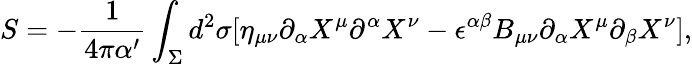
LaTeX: S=-\frac{1}{4\pi\alpha^{\prime}}\int_{\Sigma}d^{2}\sigma[\eta_{\mu\nu}\partial_{\alpha}X^{\mu}\partial^{\alpha}X^{\nu}-\epsilon^{\alpha\beta}B_{\mu\nu}\partial_{\alpha}X^{\mu}\partial_{\beta}X^{\nu}],